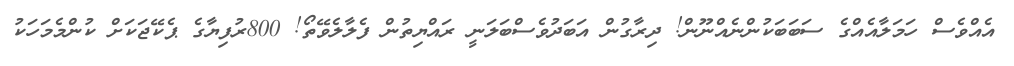
އެއްވެސް ހަމަލާއެއްގެ ސަބަބަކުންނެއްނޫން! ދިރާގުން އަބަދުވެސްބަލަނީ ރައްޔިތުން ފެލާލެވޭތޯ! 800ރުފިޔާގެ ޕެކޭޖަކަށް ކުންމެމަހަކު